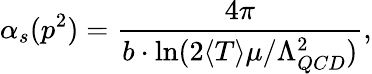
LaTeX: \alpha_{s}(p^{2})=\frac{4\pi}{b\cdot\ln(2\langle T\rangle\mu/\Lambda_{QCD}^{2})},